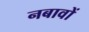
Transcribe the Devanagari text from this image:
नबावों